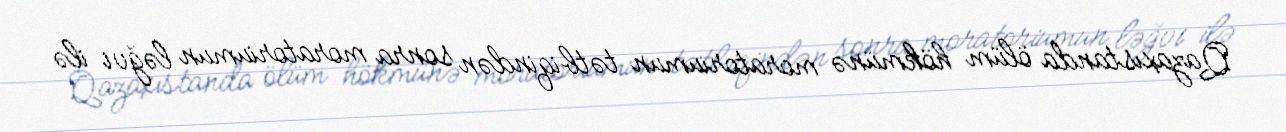
Qazaxıstanda ölüm hökmünə moratoriumun tətbiqindən sonra moratoriumun ləğvi ilə